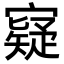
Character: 寲